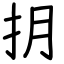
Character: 抈